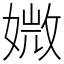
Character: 媺